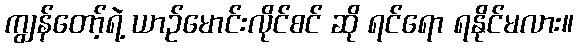
ကျွန်တော့်ရဲ့ ယာဉ်မောင်းလိုင်စင် ဆို ရင်ရော ရနိုင်မလား။